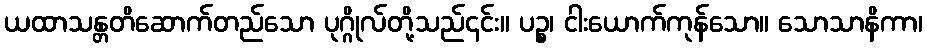
ယထာသန္တတိဆောက်တည်သော ပုဂ္ဂိုလ်တို့သည်၎င်း။ ပဉ္စ၊ ငါးယောက်ကုန်သော။ သောသာနိကာ၊